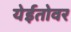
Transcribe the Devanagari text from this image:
येईतोवर